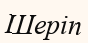
Шеріп